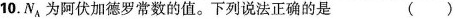
10.NA为阿伏加德罗常数的值。下列说法正确的是（）